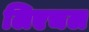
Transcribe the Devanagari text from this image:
लिएचल